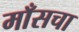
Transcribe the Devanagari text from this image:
माँसचा